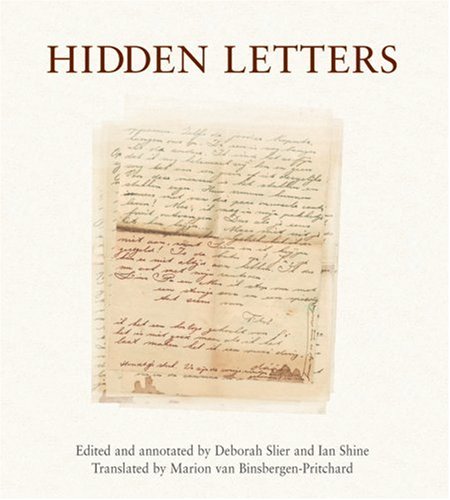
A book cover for Hidden Letters; Philip Slier; Biographies & Memoirs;